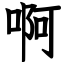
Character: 啊